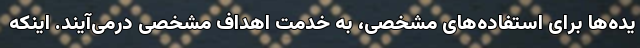
یده‌ها برای استفاده‌های مشخصی، به خدمت اهداف مشخصی درمی‌آیند. اینکه